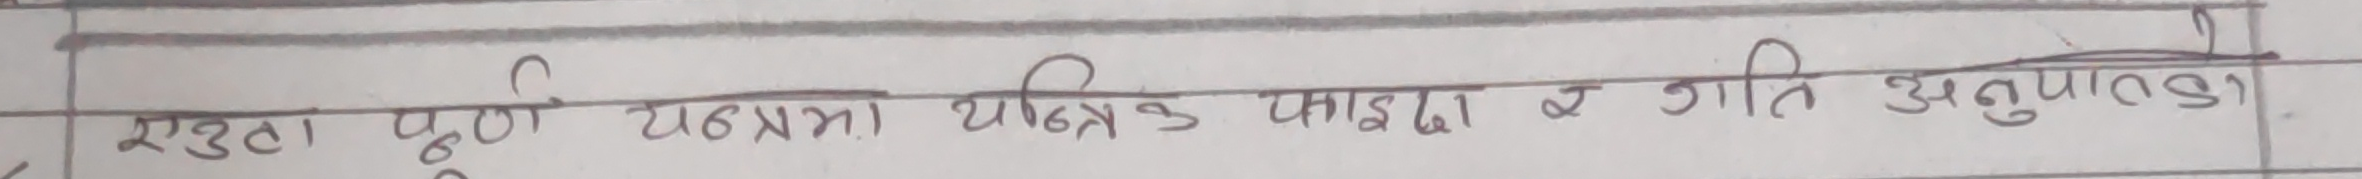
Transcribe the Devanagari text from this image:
एउटा पूर्ण यज्ञमा यान्त्रिक पाछ्दा व गति अनुपालक